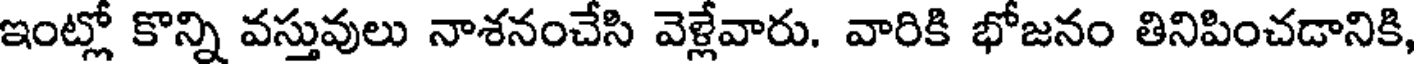
ఇంట్లో కొన్ని వస్తువులు నాశనంచేసి వెళ్లేవారు. వారికి భోజనం తినిపించడానికి